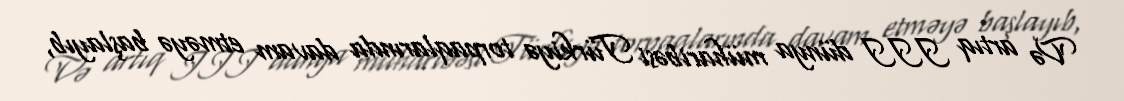
Və artıq III dünya müharibəsi Türkiyə torpaqlarında davam etməyə başlayıb,